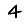
Digit: 4